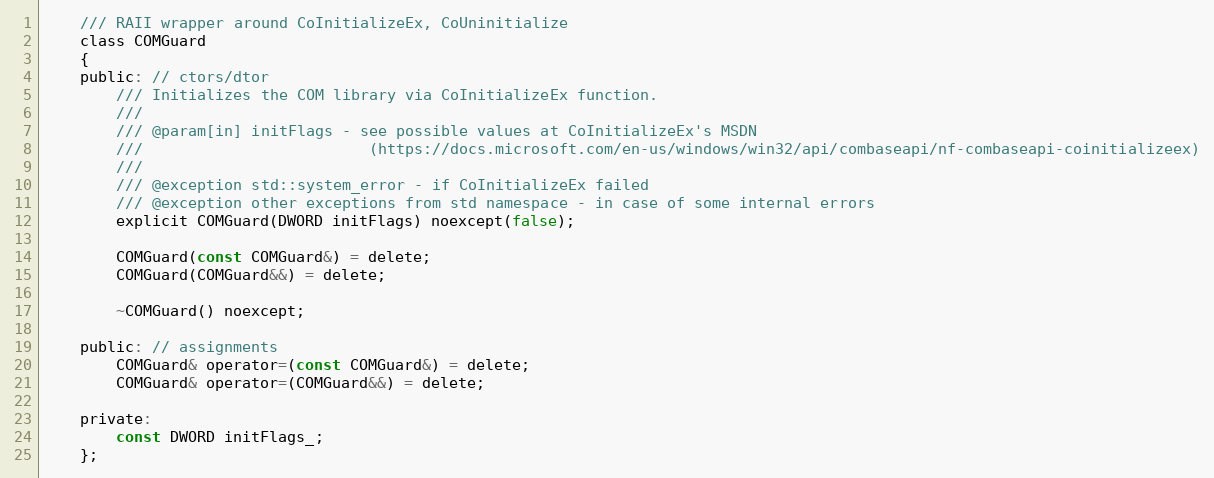
Language: C
    /// RAII wrapper around CoInitializeEx, CoUninitialize
    class COMGuard
    {
    public: // ctors/dtor
        /// Initializes the COM library via CoInitializeEx function.
        ///
        /// @param[in] initFlags - see possible values at CoInitializeEx's MSDN
        ///                         (https://docs.microsoft.com/en-us/windows/win32/api/combaseapi/nf-combaseapi-coinitializeex)
        ///
        /// @exception std::system_error - if CoInitializeEx failed
        /// @exception other exceptions from std namespace - in case of some internal errors
        explicit COMGuard(DWORD initFlags) noexcept(false);

        COMGuard(const COMGuard&) = delete;
        COMGuard(COMGuard&&) = delete;

        ~COMGuard() noexcept;

    public: // assignments
        COMGuard& operator=(const COMGuard&) = delete;
        COMGuard& operator=(COMGuard&&) = delete;

    private:
        const DWORD initFlags_;
    };